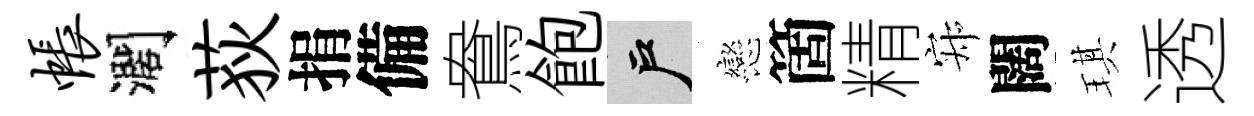
帐濶荻捐備鴦飽户戀箇精寂闊琪透